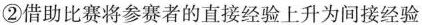
②借助比赛将参赛者的直接经验上升为间接经验